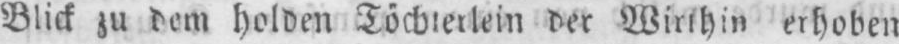
der Wirthin erhoben